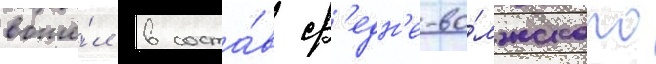
вошё́л в соста́в ср'едн'е-во́лжского